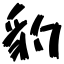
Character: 豹